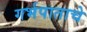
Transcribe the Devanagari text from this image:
गर्भपाताचे